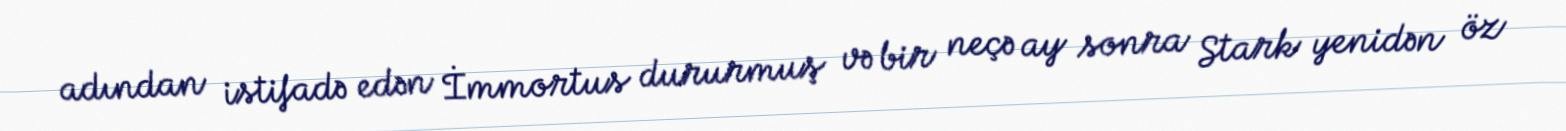
adından istifadə edən İmmortus dururmuş və bir neçə ay sonra Stark yenidən öz